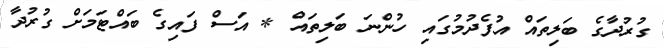
ގުރުދާގެ ބަލިތައް އުފެދުމުގައި ހުންނަ ބަލިތައް * އަސް ފައިގެ ބައްޓަމަށް ގުރުދާ